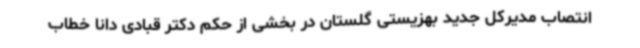
انتصاب مدیرکل جدید بهزیستی گلستان در بخشی از حکم دکتر قبادی دانا خطاب